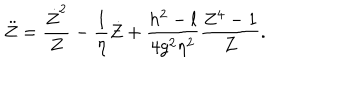
\ddot { Z } = { \frac { \dot { Z } ^ { 2 } } { Z } } - { \frac { 1 } { \eta } } \dot { Z } + { \frac { h ^ { 2 } - l } { 4 g ^ { 2 } \eta ^ { 2 } } } { \frac { Z ^ { 4 } - 1 } { Z } } .